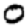
Digit: 0